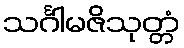
သင်္ဂါမဇိသုတ္တံ